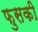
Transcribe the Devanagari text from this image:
फुसकी